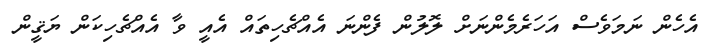
އެހެން ނަމަވެސް އަހަރެމެންނަށް ލޮލުން ފެންނަ އެއްޗެހިތައް އެއީ ވާ އެއްޗެހިކަން ޔަޤީން